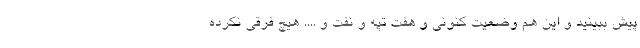
پیش ببینید و این هم وضعیت کنونی و هفت تپه و نفت و .... هیچ فرقی نکرده